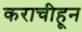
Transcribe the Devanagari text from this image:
कराचीहून